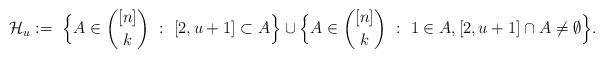
LaTeX: \begin{align*}\mathcal H_u:=\ \Big\{A\in {[n]\choose k}\ :\ [2,u+1]\subset A\Big\}\cup\Big\{A\in{[n]\choose k}\ :\ 1\in A, [2,u+1]\cap A\ne \emptyset\Big\}.\end{align*}